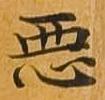
悪